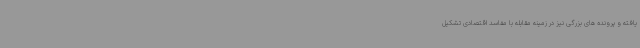
یافته و پرونده های بزرگی نیز در زمینه مقابله با مفاسد اقتصادی تشکیل